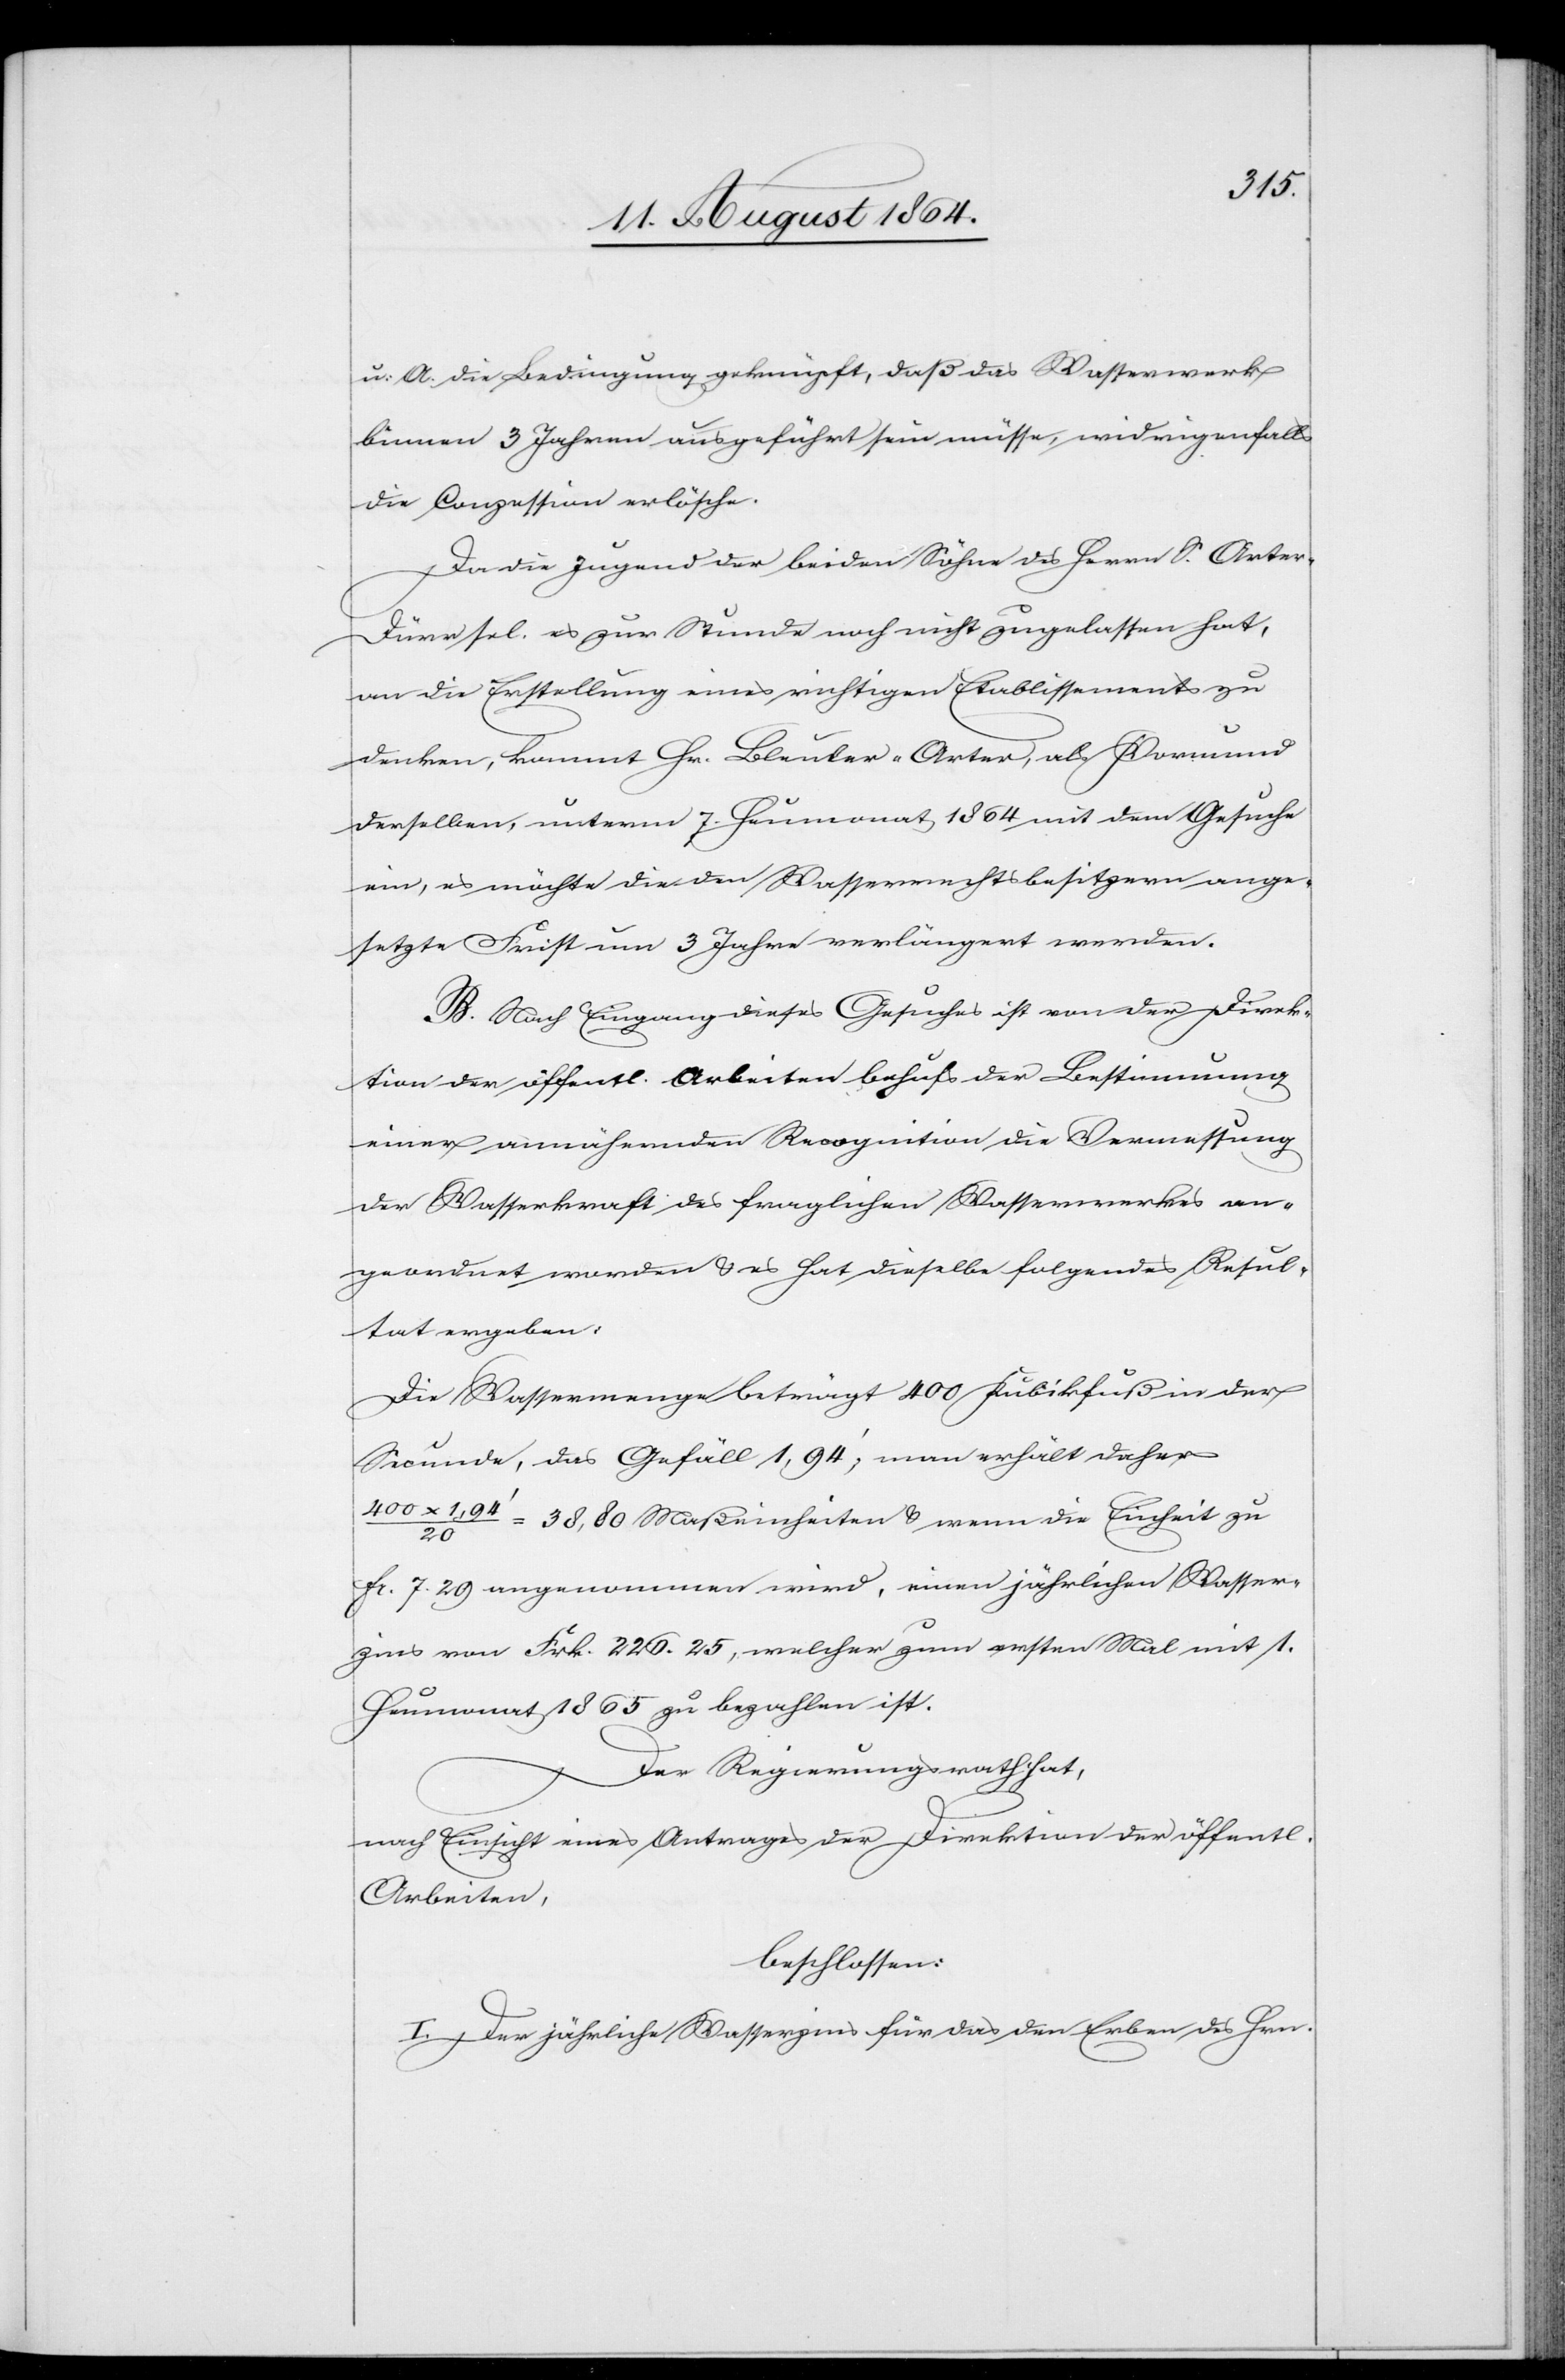
u. A. die Bedingung geknüpft, daß das Wasserwerk
binnen 3 Jahren ausgeführt sein müsse, widrigenfalls
die Conzession erlösche.
Da die Jugend der beiden Söhne des Herrn S. Arter-D¬
ürr sel. es zur Stunde noch nicht zugelassen hat,
an die Erstellung eines richtigen Etablissement zu
denken, kommt Hr. Bleuler-Arter, als Vormund
derselben, unterm 7. Heumonat 1864 mit dem Gesuche
ein, es möchte die den Wasserrechtsbesitzern ange¬
setzte Frist um 3 Jahre verlängert werden.
B. Nach Eingang dieses Gesuches ist von der Direk¬
tion der öffentl. Arbeiten behufs der Bestimmung
einer annähernden Recognition die Vermessung
der Wasserkraft des fraglichen Wasserwerkes an¬
geordnet worden & es hat dieselbe folgendes Resul¬
tat ergeben:
Die Wassermenge beträgt 400 Kubikfuß in der
Secunde, das Gefäll 1,94’; man erhält daher
400x1,94’/20 = 30,80 Maßeinheiten & wenn die Einheit zu
Fr. 7.29 angenommen wird, einen jährlichen Wasser¬
zins von Frk. 226.25, welcher zum ersten Mal mit 1.
Heumonat 1865 zu bezahlen ist.
Der Regierungsrath hat,
nach Einsicht eines Antrages der Direktion der öffentl.
Arbeiten,
beschlossen:
I. Der jährliche Wasserzins für das den Erben des Hrn.